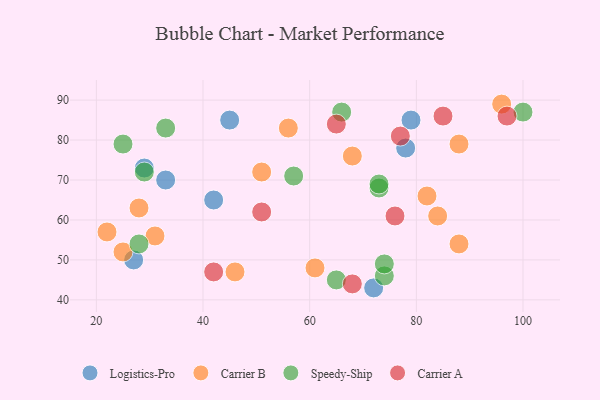
{"axis": {"x": "GDP", "y": "Life Expectancy"}, "legend": ["Carrier A", "Carrier B", "Logistics-Pro", "Speedy-Ship"], "data": [{"x": "45", "y": 85, "type": "Logistics-Pro"}, {"x": "27", "y": 50, "type": "Logistics-Pro"}, {"x": "42", "y": 65, "type": "Logistics-Pro"}, {"x": "29", "y": 73, "type": "Logistics-Pro"}, {"x": "72", "y": 43, "type": "Logistics-Pro"}, {"x": "79", "y": 85, "type": "Logistics-Pro"}, {"x": "78", "y": 78, "type": "Logistics-Pro"}, {"x": "33", "y": 70, "type": "Logistics-Pro"}, {"x": "25", "y": 52, "type": "Carrier B"}, {"x": "61", "y": 48, "type": "Carrier B"}, {"x": "51", "y": 72, "type": "Carrier B"}, {"x": "46", "y": 47, "type": "Carrier B"}, {"x": "31", "y": 56, "type": "Carrier B"}, {"x": "88", "y": 54, "type": "Carrier B"}, {"x": "22", "y": 57, "type": "Carrier B"}, {"x": "68", "y": 76, "type": "Carrier B"}, {"x": "28", "y": 63, "type": "Carrier B"}, {"x": "88", "y": 79, "type": "Carrier B"}, {"x": "56", "y": 83, "type": "Carrier B"}, {"x": "82", "y": 66, "type": "Carrier B"}, {"x": "84", "y": 61, "type": "Carrier B"}, {"x": "96", "y": 89, "type": "Carrier B"}, {"x": "28", "y": 54, "type": "Speedy-Ship"}, {"x": "74", "y": 46, "type": "Speedy-Ship"}, {"x": "73", "y": 68, "type": "Speedy-Ship"}, {"x": "29", "y": 72, "type": "Speedy-Ship"}, {"x": "33", "y": 83, "type": "Speedy-Ship"}, {"x": "66", "y": 87, "type": "Speedy-Ship"}, {"x": "57", "y": 71, "type": "Speedy-Ship"}, {"x": "65", "y": 45, "type": "Speedy-Ship"}, {"x": "74", "y": 49, "type": "Speedy-Ship"}, {"x": "25", "y": 79, "type": "Speedy-Ship"}, {"x": "73", "y": 69, "type": "Speedy-Ship"}, {"x": "100", "y": 87, "type": "Speedy-Ship"}, {"x": "97", "y": 86, "type": "Carrier A"}, {"x": "68", "y": 44, "type": "Carrier A"}, {"x": "51", "y": 62, "type": "Carrier A"}, {"x": "77", "y": 81, "type": "Carrier A"}, {"x": "65", "y": 84, "type": "Carrier A"}, {"x": "85", "y": 86, "type": "Carrier A"}, {"x": "42", "y": 47, "type": "Carrier A"}, {"x": "76", "y": 61, "type": "Carrier A"}]}